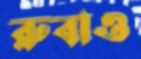
রুবাও